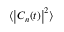
\langle \left\vert C _ { n } ( t ) \right\vert ^ { 2 } \rangle